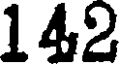
142